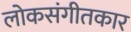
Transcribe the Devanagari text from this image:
लोकसंगीतकार